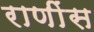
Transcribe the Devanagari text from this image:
राणींस